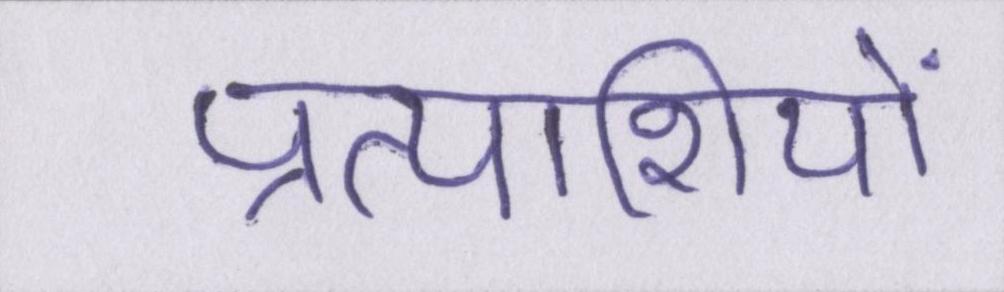
प्रत्याशियों